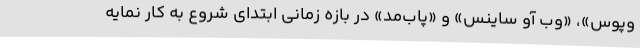
وپوس»، «وب آو ساینس» و «پاب‌مد» در بازه زمانی ابتدای شروع به کار نمایه